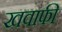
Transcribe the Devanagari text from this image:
खवाफी